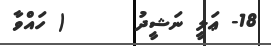
18- ޢަލީ ނަޝީދު      ( ހައްވާ